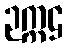
ဉက္ကဌ